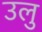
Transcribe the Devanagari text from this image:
उलु